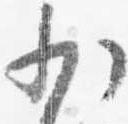
少